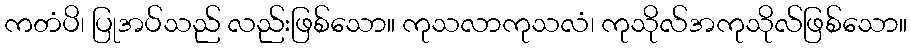
ကတံပိ၊ ပြုအပ်သည် လည်းဖြစ်သော။ ကုသလာကုသလံ၊ ကုသိုလ်အကုသိုလ်ဖြစ်သော။